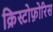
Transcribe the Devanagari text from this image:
क्रिस्टोफ़ोरिस